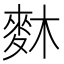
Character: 𪌎